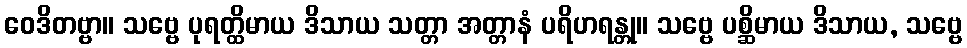
ဝေဒိတဗ္ဗာ။ သဗ္ဗေ ပုရတ္ထိမာယ ဒိသာယ သတ္တာ အတ္တာနံ ပရိဟရန္တု။ သဗ္ဗေ ပစ္ဆိမာယ ဒိသာယ, သဗ္ဗေ